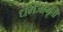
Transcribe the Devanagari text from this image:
धर्मजागृती